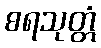
စရသုတ္တံ